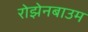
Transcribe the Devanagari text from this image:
रोझेनबाउम